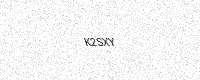
Text: K2SXY